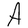
Character: A